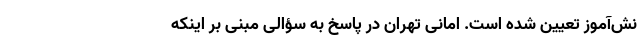
نش‌آموز تعیین شده است. امانی تهران در پاسخ به سؤالی مبنی بر اینکه